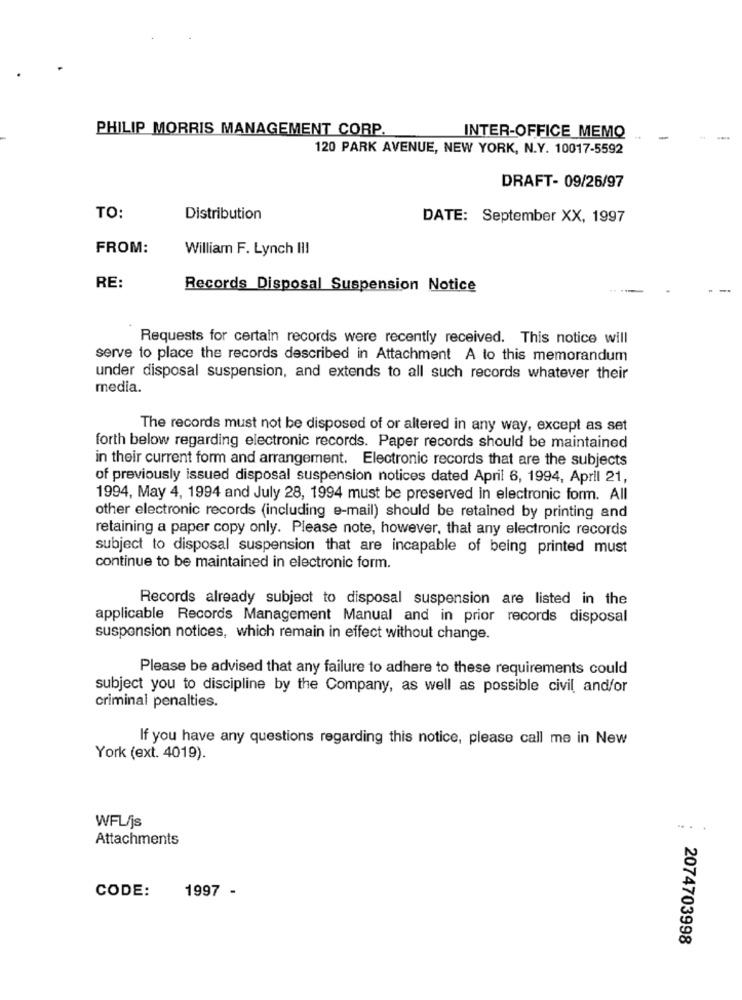
PHILIP MORRIS MANAGEMENT CORP.
INTER-OFFICE_MEMO
120 PARK AVENUE, NEW YORK, N.Y. 10017-5592
DRAFT- 09/26/97
TO:
Distribution
DATE: September XX, 1997
FROM:
William F. Lynch III
RE:
Records Disposal Suspension Notice
Requests for certain records were recently received. This notice will
serve to place the records described in Attachment A to this memorandum
under disposal suspension, and extends to all such records whatever their
media.
The records must not be disposed of or altered in any way, except as set
forth below regarding electronic records. Paper records should be maintained
in their current form and arrangement. Electronic records that are the subjects
of previously issued disposal suspension notices dated April 6, 1994, April 21,
1994, May 4, 1994 and July 28, 1994 must be preserved in electronic form. All
other electronic records (including e-mail) should be retained by printing and
retaining a paper copy only. Please note, however, that any electronic records
subject to disposal suspension that are incapable of being printed must
continue to be maintained in electronic form.
Records already subject to disposal suspension are listed in the
applicable Records Management Manual and in prior records disposal
suspension notices, which remain in effect without change.
Please be advised that any failure to adhere to these requirements could
subject you to discipline by the Company, as well as possible civil and/or
criminal penalties.
If you have any questions regarding this notice, please call me in New
York (ext. 4019).
WFL/js
Attachments
CODE:
1997 -
2074703998